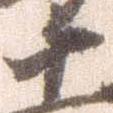
十